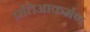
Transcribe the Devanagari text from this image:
प्रतिआकर्मण